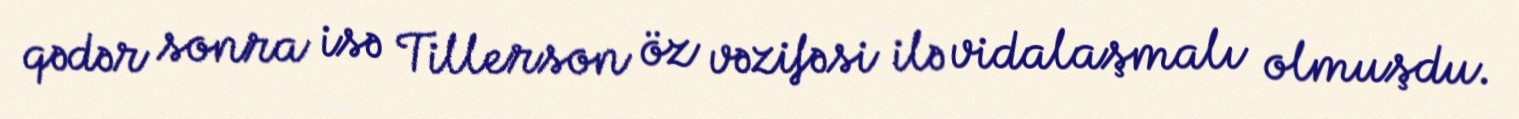
qədər sonra isə Tillerson öz vəzifəsi ilə vidalaşmalı olmuşdu.